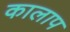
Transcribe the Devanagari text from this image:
कालाप